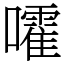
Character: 嚯